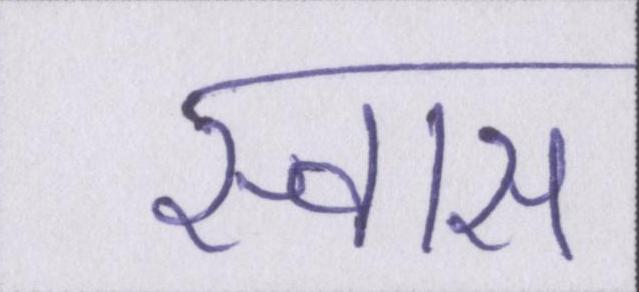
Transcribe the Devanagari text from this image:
स्वास